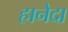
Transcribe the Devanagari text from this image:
हानेदा